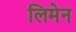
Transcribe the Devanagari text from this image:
लिमेन